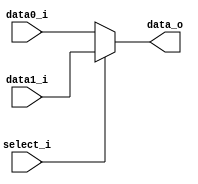
//Writer:      0416021 0416246
     
module MUX_2to1(
               data0_i,
               data1_i,
               select_i,
               data_o
               );

parameter size = 0;			   
			
//I/O ports               
input   [size-1:0] data0_i;          
input   [size-1:0] data1_i;
input              select_i;
output  [size-1:0] data_o; 

//Internal Signals
reg     [size-1:0] data_o;

//Main function
always@(*)
begin
	if(select_i & 1'b1) data_o = data1_i;
	else data_o = data0_i;
end

endmodule